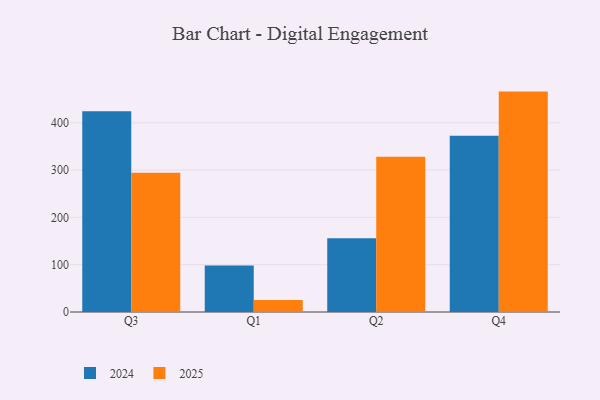
{"axis": {"x": "Quarter", "y": "Waste Production (Tons)"}, "legend": ["2024", "2025"], "data": [{"x": "Q3", "y": 294.4, "type": "2025"}, {"x": "Q3", "y": 424.2, "type": "2024"}, {"x": "Q1", "y": 25.3, "type": "2025"}, {"x": "Q1", "y": 98.1, "type": "2024"}, {"x": "Q2", "y": 328.2, "type": "2025"}, {"x": "Q2", "y": 156.1, "type": "2024"}, {"x": "Q4", "y": 465.9, "type": "2025"}, {"x": "Q4", "y": 372.5, "type": "2024"}]}